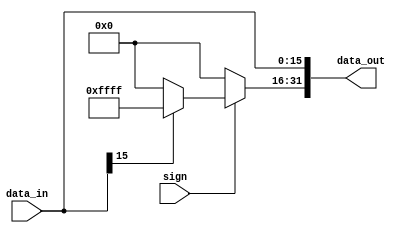
`timescale 1ns / 1ps
//////////////////////////////////////////////////////////////////////////////////
// Company: 
// Engineer: 
// 
// Design Name: 
// Module Name: EXT16
// Project Name: 
// Target Devices: 
// Tool Versions: 
// Description: 
// 
// Dependencies: 
// 
// Revision:
// Revision 0.01 - File Created
// Additional Comments:
// 
//////////////////////////////////////////////////////////////////////////////////


module EXT16(
input sign,
input [15:0] data_in,
output [31:0] data_out
    );
    
    wire [15:0] high0=16'b0000000000000000;
    wire [15:0] high1=16'b1111111111111111;
    
    assign data_out[31:16]=sign?(data_in[15]?high1:high0):high0;
    assign data_out[15:0]=data_in;

endmodule